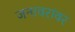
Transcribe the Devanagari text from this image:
जनावरांवर